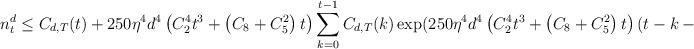
LaTeX: \begin{align*} n^d_t&\le C_{d,T}(t)+250\eta^4 d^4\left( C_2^4 t^3+\left( C_8+C_{5}^2\right) t \right)\sum_{k=0}^{t-1}C_{d,T}(k) \exp(250\eta^4 d^4\left( C_2^4 t^3+\left( C_8+C_{5}^2\right) t \right)(t-k-1)) \end{align*}